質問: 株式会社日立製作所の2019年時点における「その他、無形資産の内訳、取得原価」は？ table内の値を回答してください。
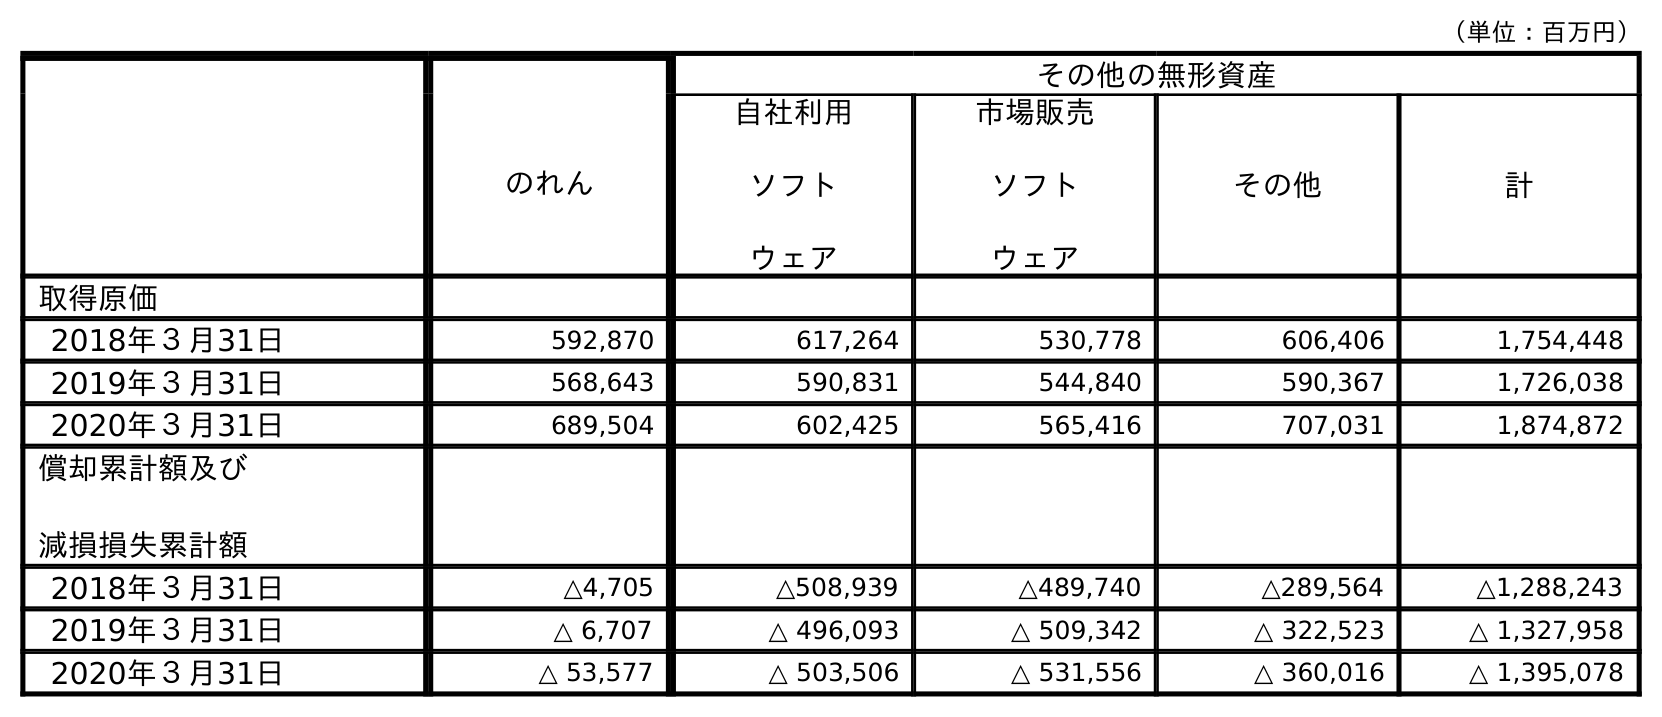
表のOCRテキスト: （単位：百万円） その他の無形資産 のれん 自社利用 ソフト ウェア 市場販売 ソフト ウェア その他 計 取得原価 2018年３月31日 592,870 617,264 530,778 606,406 1,754,448 2019年３月31日 568,643 590,831 544,840 590,367 1,726,038 2020年３月31日 689,504 602,425 565,416 707,031 1,874,872 償却累計額及び 減損損失累計額 2018年３月31日 △4,705 △508,939 △489,740 △289,564 △1,288,243 2019年３月31日 △ 6,707 △ 496,093 △ 509,342 △ 322,523 △ 1,327,958 2020年３月31日 △ 53,577 △ 503,506 △ 531,556 △ 360,016 △ 1,395,078
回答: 590,367